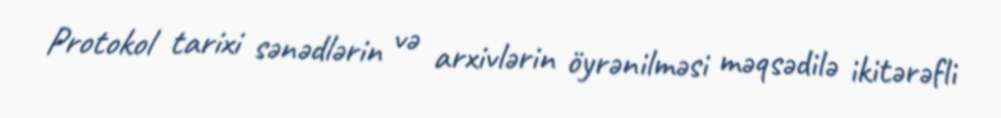
Protokol tarixi sənədlərin və arxivlərin öyrənilməsi məqsədilə ikitərəfli